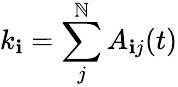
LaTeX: k_{\mathbf{i}}=\sum_{j}^{\mathbb{N}}A_{\mathbf{i}j}(t)